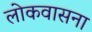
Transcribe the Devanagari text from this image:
लोकवासना